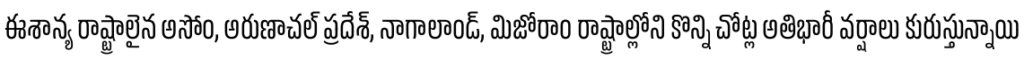
ఈశాన్య రాష్ట్రాలైన అసోం, అరుణాచల్ ప్రదేశ్, నాగాలాండ్, మిజోరాం రాష్ట్రాల్లోని కొన్ని చోట్ల అతిభారీ వర్షాలు కురుస్తున్నాయి